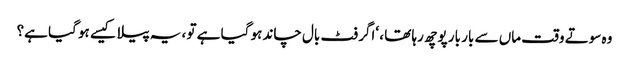
وہ سوتے وقت ماں سے بار بار پوچھ رہا تھا ، ‘اگر فٹ بال چاند ہو گیا ہے تو ، یہ پیلا کیسے ہو گیا ہے؟